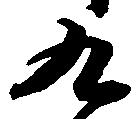
九